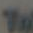
٢٠